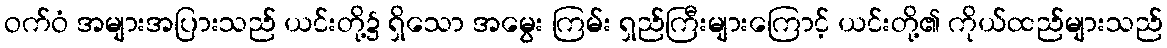
ဝက်ဝံ အများအပြားသည် ယင်းတို့၌ ရှိသော အမွေး ကြမ်း ရှည်ကြီးများကြောင့် ယင်းတို့၏ ကိုယ်ထည်များသည်